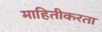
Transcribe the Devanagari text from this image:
माहितीकरता